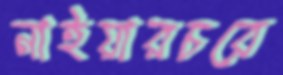
নাইয়ারচরে